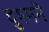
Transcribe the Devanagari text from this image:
दुश्मने